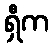
ရှီက